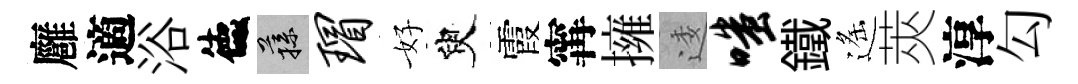
廱適浴德蓀瑁好臾霞𡩋擁逶嗤鐵遙莢淳勾